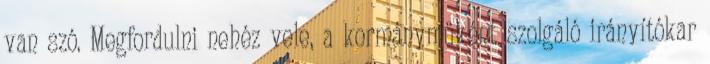
van szó. Megfordulni nehéz vele, a kormányműként szolgáló irányítókar